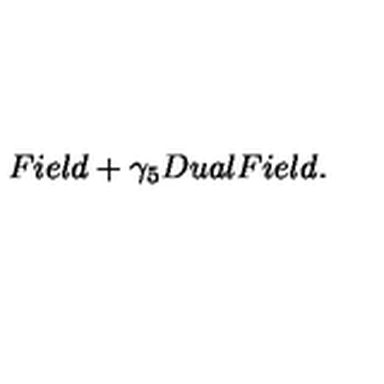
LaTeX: F i e l d + \gamma _ { 5 } D u a l F i e l d . \nonumber